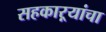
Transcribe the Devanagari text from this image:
सहकाऱ्यांचा